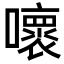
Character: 𡃩